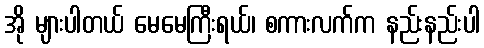
အို များပါတယ် မေမေကြီးရယ်၊ စကားလက်က နည်းနည်းပါ